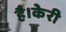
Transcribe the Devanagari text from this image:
है।केरी